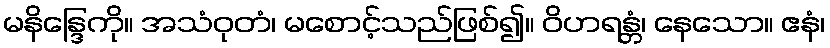
မနိန္ဒြေကို။ အသံဝုတံ၊ မစောင့်သည်ဖြစ်၍။ ဝိဟရန္တံ၊ နေသော။ ဧနံ၊